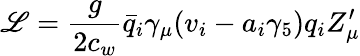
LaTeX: {\cal\mathscr{L}}={\frac{{g}}{{2c_{w}}}}{\bar{{q}}}_{i}{\gamma_{\mu}}(v_{i}-a_{i}\gamma_{5})q_{i}Z_{\mu}^{\prime}